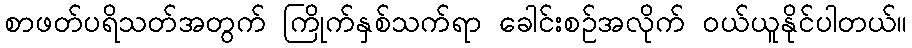
စာဖတ်ပရိသတ်အတွက် ကြိုက်နှစ်သက်ရာ ခေါင်းစဉ်အလိုက် ဝယ်ယူနိုင်ပါတယ်။